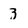
Character: 3